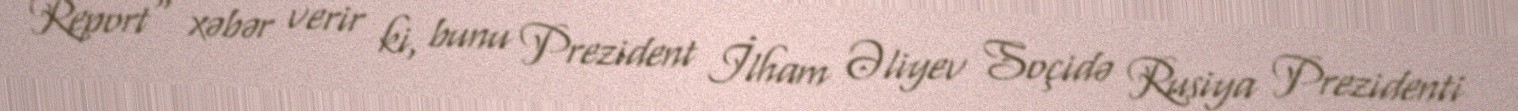
Report" xəbər verir ki, bunu Prezident İlham Əliyev Soçidə Rusiya Prezidenti